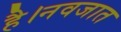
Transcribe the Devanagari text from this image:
है।नवजात